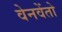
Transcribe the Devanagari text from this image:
वेनवेंतो